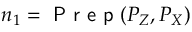
n _ { 1 } = \textsf { P r e p } ( P _ { Z } , P _ { X } )